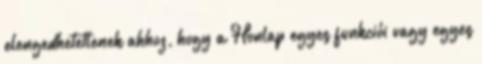
elengedhetetlenek ahhoz, hogy a Honlap egyes funkciói vagy egyes